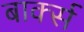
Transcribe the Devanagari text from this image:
बार्क्स